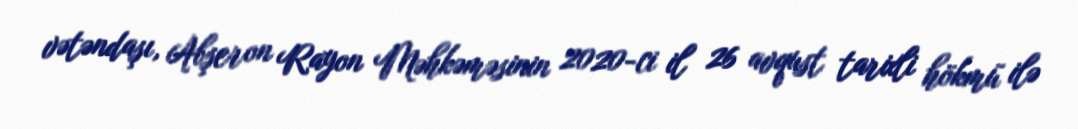
vətəndaşı, Abşeron Rayon Məhkəməsinin 2020-ci il 26 avqust tarixli hökmü ilə